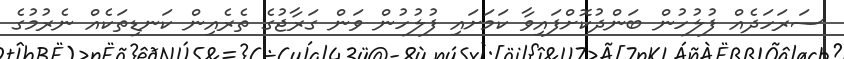
ސަރަހަދެއް ފުލުހުން ބަންދުކޮށްފައިވާ ކަމަށައި ފުލުހުން ވަން ގަރާޖުގެ ތެރެއިން ކަނޑިތަކެއް ނެރުމުގެ